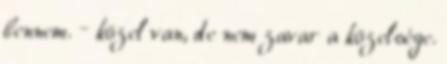
bennem. – közel van, de nem zavar a közelsége.